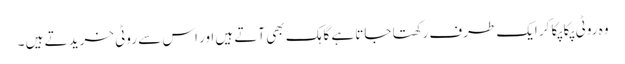
وہ روٹی پکا پکا کر ایک طرف رکھتا جاتا ہے گاہک بھی آتے ہیں اور اس سے روٹی خرید تے ہیں ۔